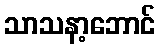
သာသနာ့ဘောင်